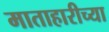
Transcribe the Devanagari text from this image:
माताहारीच्या